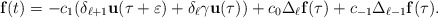
\begin{align*}\mathbf{f}(t)=-c_{1}(\delta_{\ell+1}\mathbf{u}(\tau+\varepsilon)+\delta_\ell\gamma\mathbf{u}(\tau))+c_0\Delta_\ell\mathbf{f}(\tau)+c_{-1}\Delta_{\ell-1}\mathbf{f}(\tau).\end{align*}